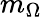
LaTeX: m_{\Omega}